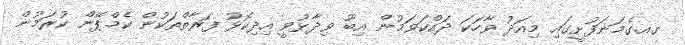
ގއ.ގެމަނަފުށީގައި މިއަދު ވާހަކަ ދައްކަވަމުން އިބޫ ވިދާޅުވީ އިދިކޮޅު ފަރާތްތަކުން ކެމްޕޭން ކުރަމުން